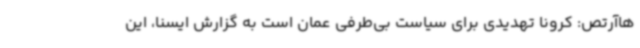
هاآرتص: کرونا تهدیدی برای سیاست بی‌طرفی عمان است به گزارش ایسنا، این